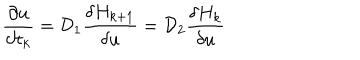
{ \frac { \partial u } { \partial t _ { k } } } = { \cal D } _ { 1 } { \frac { \delta H _ { k + 1 } } { \delta u } } = { \cal D } _ { 2 } { \frac { \delta H _ { k } } { \delta u } }